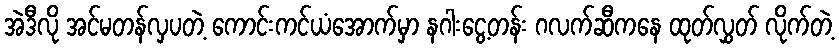
အဲဒီလို အင်မတန်လှပတဲ့ ကောင်းကင်ယံအောက်မှာ နဂါးငွေ့တန်း ဂလက်ဆီကနေ ထုတ်လွှတ် လိုက်တဲ့